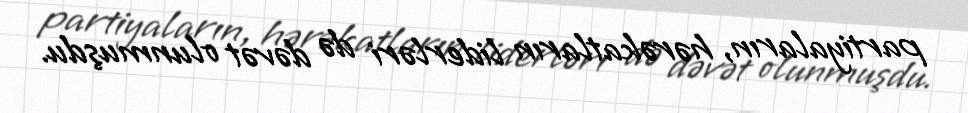
partiyaların, hərəkatların liderləri də dəvət olunmuşdu.